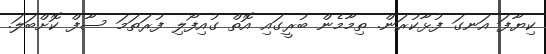
ކިޔާފަ އަނގަ ފުޅާކުރަން. ތިމާމެން ބުރީގައި އޮތް ގުއިފޯލި ފުރަތަމަ ސާފް ކޮށްބަލަ.